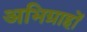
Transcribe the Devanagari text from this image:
अभिग्राहों